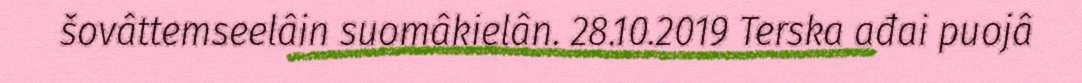
šovâttemseelâin suomâkielân. 28.10.2019 Terska ađai puojâ